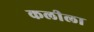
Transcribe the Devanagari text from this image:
कलीला